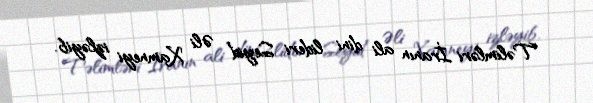
Təlimləri İranın ali dini lideri Seyid Əli Xamneyi izləyib.